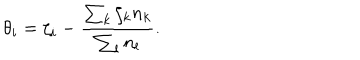
LaTeX: \theta _ { i } = \zeta _ { i } - \frac { \sum _ { k } \zeta _ { k } n _ { k } } { \sum _ { l } n _ { l } } .